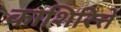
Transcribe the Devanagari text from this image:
काशिरित्ते